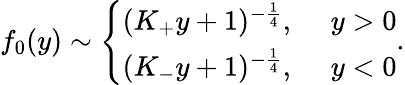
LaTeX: f_{0}(y)\sim\left\{ \begin{array}{l}{{(K_{+}y+1)^{-{\frac{1}{4}}},\ \ \ \ \ y>0}}\\ {{(K_{-}y+1)^{-{\frac{1}{4}}},\ \ \ \ \ y<0}}\end{array}\right..